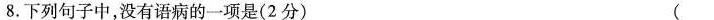
8.下列句子中，没有语病的一项是(2分) ()